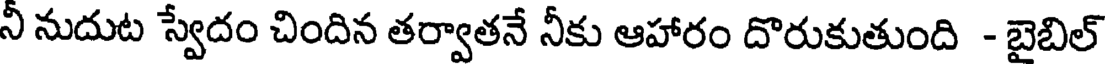
నీ నుదుట స్వేదం చిందిన తర్వాతనే నీకు ఆహారం దొరుకుతుంది - బైబిల్